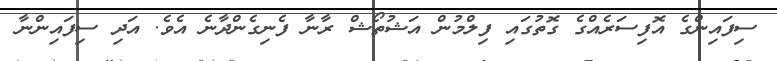
ސިފައިންގެ އޮފިސަރެއްގެ ގޮތުގައި ފިލްމުން އަޝުތޯޝް ރާނާ ފެނިގެންދާނެ އެވެ. އަދި ސިފައިންނާ